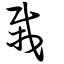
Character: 栽